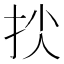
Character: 𢫐